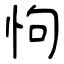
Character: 怐